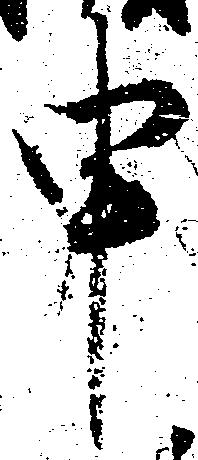
申